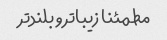
مطمئنا زیباتر و بلندتر